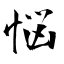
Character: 悩